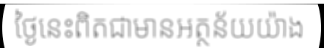
ថ្ងៃនេះពិតជាមានអត្ថន័យយ៉ាង